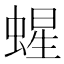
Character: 䗌